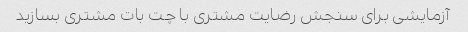
آزمایشی برای سنجش رضایت مشتری با چت بات مشتری بسازید